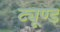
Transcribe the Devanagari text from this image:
ट्यूण्ड